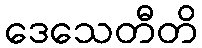
ဒေသေတီတိ